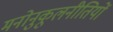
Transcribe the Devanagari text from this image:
मनोनुकूलनीतियों